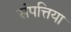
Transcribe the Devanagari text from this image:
संपत्तिया